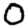
Digit: 0